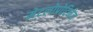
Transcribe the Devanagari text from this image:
मेटलोप्रोटिनेज